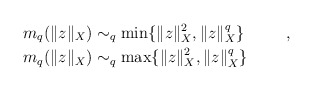
\begin{align*}m_{q}(\|z\|_{X})&\sim_{q}\min\{\|z\|_{X}^{2},\|z\|_{X}^{q}\}\;\;\qquad,\\ m_{q}(\|z\|_{X})&\sim_{q}\max\{\|z\|_{X}^{2},\|z\|_{X}^{q}\}\;\;\qquad\!\end{align*}